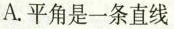
A.平角是一条直线